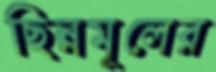
ছিন্নমূলের